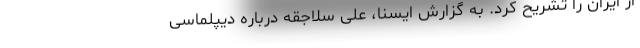
از ایران را تشریح کرد. به گزارش ایسنا، علی سلاجقه درباره دیپلماسی